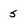
Character: 5